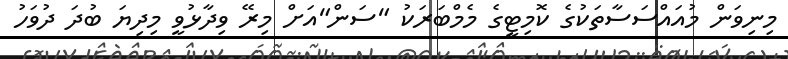
މިނިވަން މުއައްސަސާތަކުގެ ކޮމިޓީގެ މެމްބަރަކު "ސަން"އަށް މިރޭ ވިދާޅުވީ މިދިޔަ ބުދަ ދުވަހު